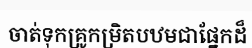
ចាត់ទុកគ្រូកម្រិតបឋមជាផ្នែកដ៏